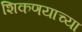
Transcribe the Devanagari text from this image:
शिकणयाच्या